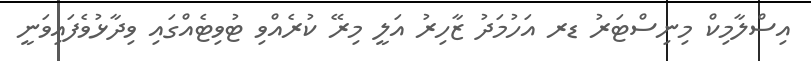
އިސްލާމިކް މިނިސްޓަރު ޑރ އަހުމަދު ޒާހިރު އަލީ މިރޭ ކުރެއްވި ޓުވިޓެއްގައި ވިދާޅުވެފައިވަނީ